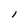
Character: l